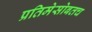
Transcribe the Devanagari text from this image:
प्रतिमेसोबतच